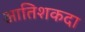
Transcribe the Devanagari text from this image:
आतिशकदा